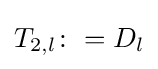
T_{2,l}\colon =D_{l}